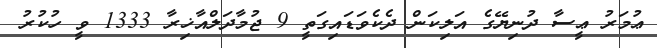
ޢުމަރު ޢީސާ ދުނިޔޭގެ އަލިކަން ދެކެވަޑައިގަތީ 9 ޖުމާދަލްއާޚިރާ 1333 ވީ ހުކުރު